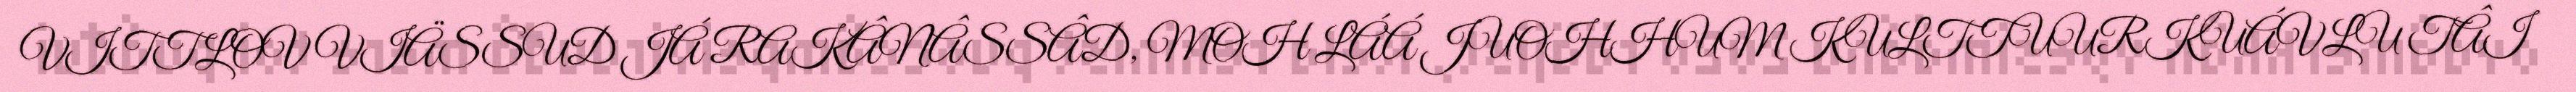
VITTLOV VIÄSSUD JÁ RAKÂNÂSSÂD, MOH LÁÁ JUOHHUM KULTTUURKUÁVLU TÂI